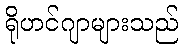
ရိုဟင်ဂျာများသည်